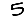
Digit: 5